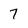
Character: 7